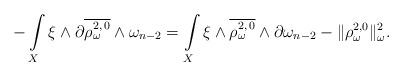
LaTeX: \begin{align*} -\int\limits_X \xi \wedge \partial\overline{\rho_\omega^{2,\,0}} \wedge \omega_{n-2}= \int\limits_X \xi \wedge \overline{\rho_\omega^{2,\,0}} \wedge \partial\omega_{n-2} - \Vert \rho_{\omega}^{2,0}\Vert^2 _{\omega}.\end{align*}